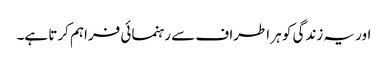
اور یہ زندگی کو ہر اطراف سے رہنمائی فراہم کرتا ہے۔